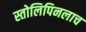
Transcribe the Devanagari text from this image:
स्तोलिपिनलाच